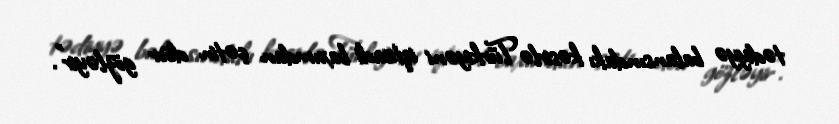
tədiyyə balansındakı kəsirlə Türkiyəni iqtisadi baxımdan çətin dövr gözləyir".